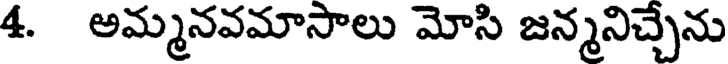
4. అమ్మనవమాసాలు మోసి జన్మనిచ్చేను